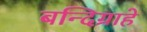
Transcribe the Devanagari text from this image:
बन्दिग्राहे